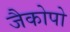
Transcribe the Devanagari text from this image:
जैकोपो